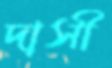
দাসী